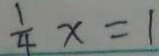
\frac { 1 } { 4 } x = 1